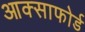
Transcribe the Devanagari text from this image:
आक्साफोर्ड